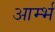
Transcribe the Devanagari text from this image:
आर्म्भ